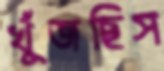
খুঁজছিস